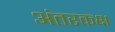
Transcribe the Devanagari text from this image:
अंतरकक्ष